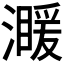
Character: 𤀣